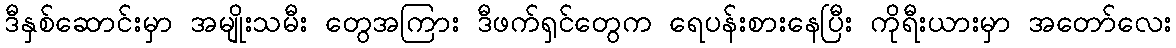
ဒီနှစ်ဆောင်းမှာ အမျိုးသမီး တွေအကြား ဒီဖက်ရှင်တွေက ရေပန်းစားနေပြီး ကိုရီးယားမှာ အတော်လေး